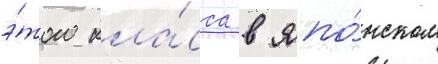
э́того кла́сса в япо́нском